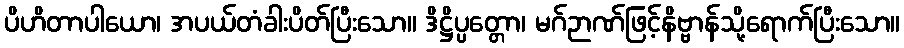
ပိဟိတာပါယော၊ အပယ်တံခါးပိတ်ပြီးသော။ ဒိဋ္ဌိပ္ပတ္တော၊ မဂ်ဉာဏ်ဖြင့်နိဗ္ဗာန်သို့ရောက်ပြီးသော။